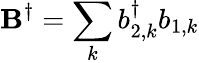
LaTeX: \mathbf{B}^{\dagger}=\sum_{k}b_{2,k}^{\dagger}b_{1,k}